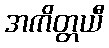
အကိတ္တယီ